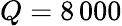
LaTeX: Q=8\, 000